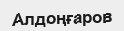
Алдоңғаров